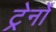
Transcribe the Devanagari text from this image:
ट्रेनोँ